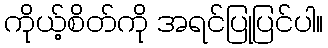
ကိုယ့်စိတ်ကို အရင်ပြုပြင်ပါ။